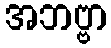
အဘဗ္ဗာ